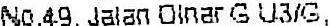
NO.49, JALAN DINAR G U3/G,